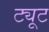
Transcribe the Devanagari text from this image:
ट्यूट